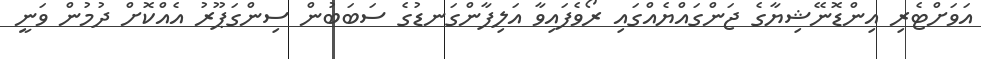
އަވަށްޓެރި އިންޑޮނޭޝިޔާގެ ޖަންގައްޔެއްގައި ރޯވެފައިވާ އަލިފާންގަނޑުގެ ސަބަބުން ސިންގަޕޫރު އެއްކޮށް ދުމުން ވަނީ